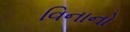
વિનાનો